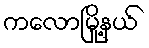
ကလောမြို့နယ်